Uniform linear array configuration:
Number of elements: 64
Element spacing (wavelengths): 0.75
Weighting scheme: hann
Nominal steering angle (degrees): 0
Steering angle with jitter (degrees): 0.2844
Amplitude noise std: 0.05
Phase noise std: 0.05

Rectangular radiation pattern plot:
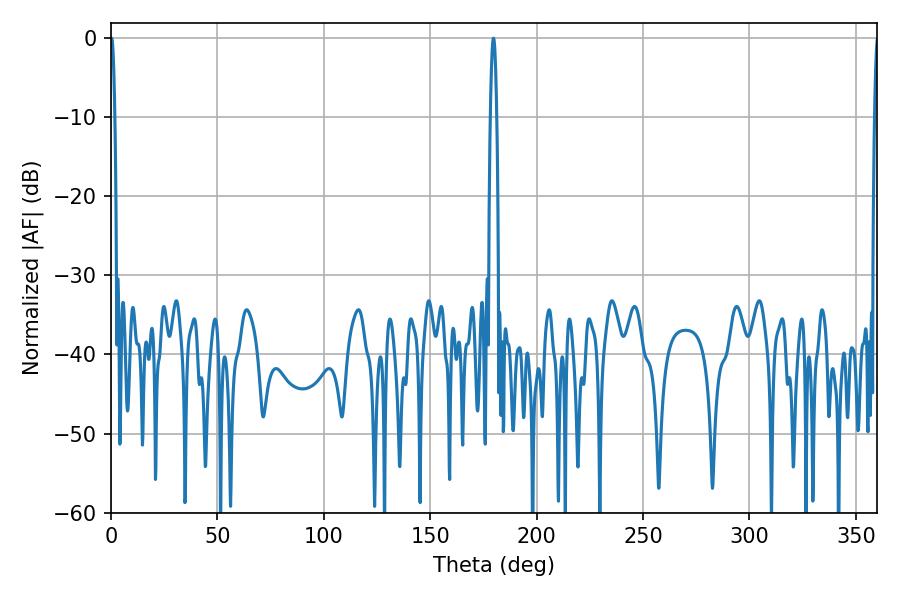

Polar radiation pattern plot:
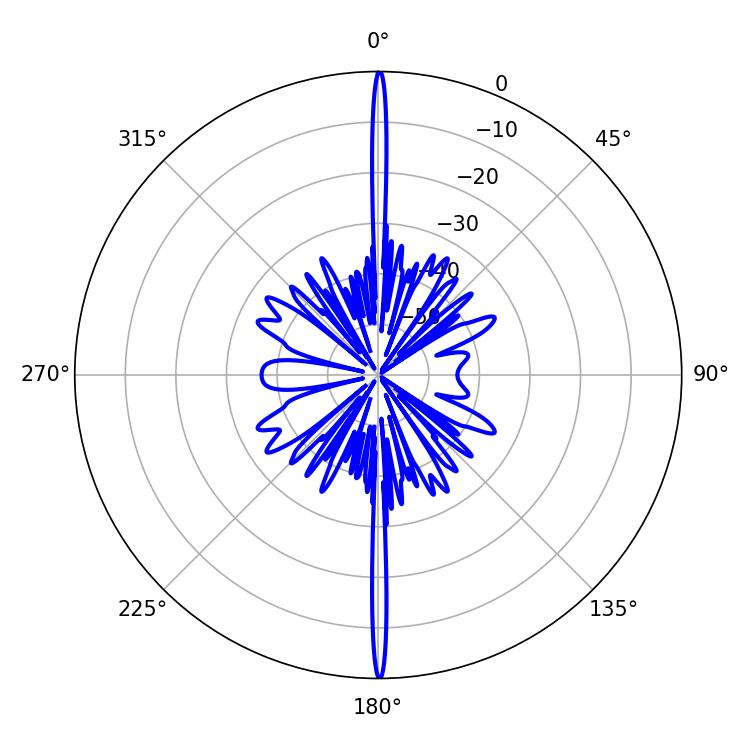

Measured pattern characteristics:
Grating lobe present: TRUE
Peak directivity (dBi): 39.344
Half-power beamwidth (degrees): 1.62
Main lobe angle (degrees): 179.64